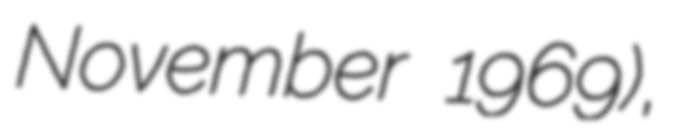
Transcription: November 1969),